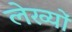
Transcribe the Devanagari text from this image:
लेख्यों